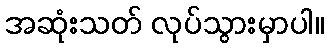
အဆုံးသတ် လုပ်သွားမှာပါ။